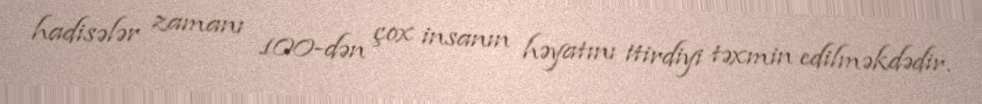
hadisələr zamanı 100-dən çox insanın həyatını itirdiyi təxmin edilməkdədir.